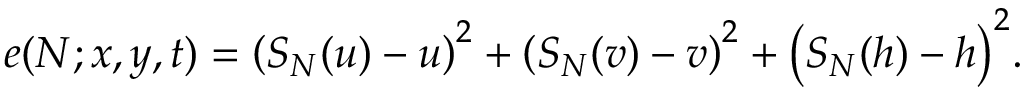
e ( N ; x , y , t ) = \left( S _ { N } ( u ) - u \right) ^ { 2 } + \left( S _ { N } ( v ) - v \right) ^ { 2 } + \bigl ( S _ { N } ( h ) - h \bigr ) ^ { 2 } .